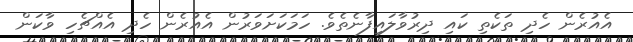
އެއުރެން ހެދި ތަކެތި ކައި ދިރުވާލައިފާނެތެވެ. ހަމަކަށަވަރުން އެއުރެން ހެދި އެއްޗެހި ވާކަން